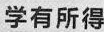
学有所得